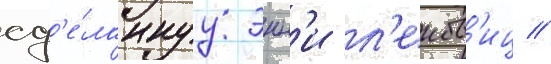
сд'е́ланнуу энн'и л'еибов'иц //